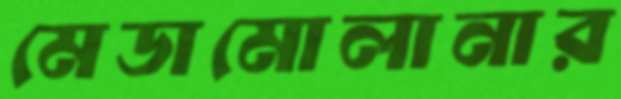
মেডামোলানার